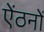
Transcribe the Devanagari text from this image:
ऐंठनों